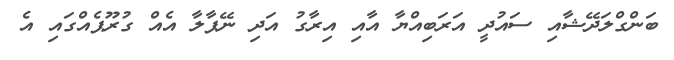
ބަންގްލަދޭޝާއި ސައުދީ އަރަބިއްޔާ އާއި އިރާގު އަދި ނޭޕާލާ އެއް ގުރޫޕެއްގައި އެ